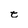
Character: t